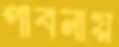
পাবনায়